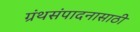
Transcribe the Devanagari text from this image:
ग्रंथसंपादनासाठी